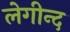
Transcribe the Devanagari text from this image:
लेगीन्द